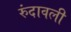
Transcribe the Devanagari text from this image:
रुंदावली